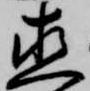
直